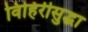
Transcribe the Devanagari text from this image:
विहिरीसुद्धा